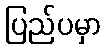
ပြည်ပမှာ